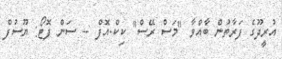
އުރީދޫގެ ފަރާތުން ބާއްވާ "މަސް ރޭސް" ކިކް-އޮފް -- ސަން ފޮޓޯ: ޔޫސުފް